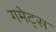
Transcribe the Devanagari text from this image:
गमेट्स